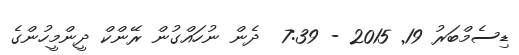
ޑިސެމްބަރު 19